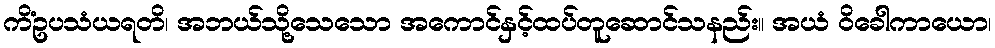
ကိံဥပသံယရတိ၊ အဘယ်သို့သေသော အကောင်နှင့်ထပ်တူဆောင်သနည်း။ အယံ ဝိခေါကာယော၊